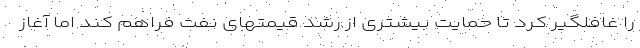
را غافلگیر کرد تا حمایت بیشتری از رشد قیمتهای نفت فراهم کند اما آغاز